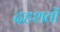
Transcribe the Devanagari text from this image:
दहशतों